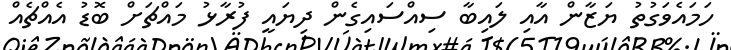
ހަމައެވަގުތު ޔަޒާން އާއި ލައިބާ ސިއްސައިގެން ދިޔައީ ފުރާޅު މައްޗަށް ބޮޑު އެއްޗެއް